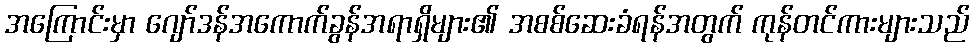
အကြောင်းမှာ ဂျော်ဒန်အကောက်ခွန်အရာရှိများ၏ အစစ်ဆေးခံရန်အတွက် ကုန်တင်ကားများသည်